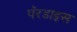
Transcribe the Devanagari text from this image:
पॅरडाइस